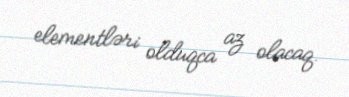
elementləri olduqca az olacaq.